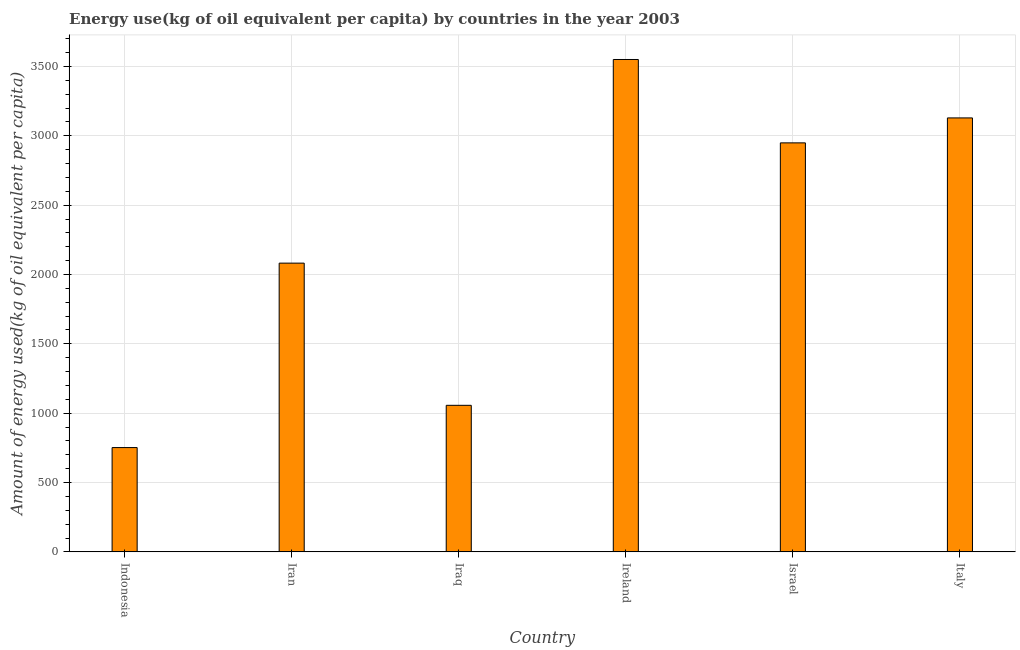
| Country | Energy use  |
 | --- | --- |
 | Indonesia | 752 |
 | Iran | 2.08e+03 |
 | Iraq | 1.06e+03 |
 | Ireland | 3.55e+03 |
 | Israel | 2.95e+03 |
 | Italy | 3.13e+03 |